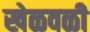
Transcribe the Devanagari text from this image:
खेळवळी